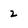
Character: 2